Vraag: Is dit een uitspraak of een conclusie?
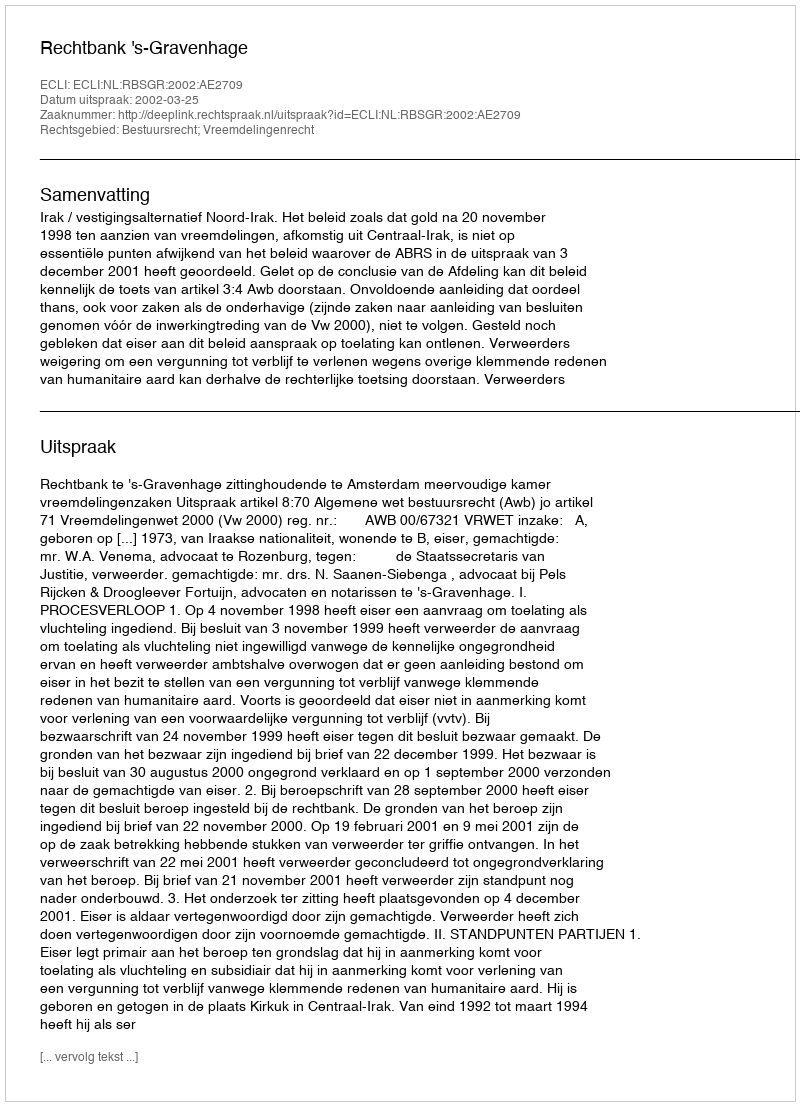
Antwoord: Uitspraak